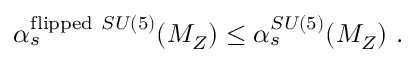
\alpha _ { s } ^ { \mathrm { f l i p p e d } ~ S U ( 5 ) } ( M _ { Z } ) \leq \alpha _ { s } ^ { S U ( 5 ) } ( M _ { Z } ) \ .